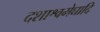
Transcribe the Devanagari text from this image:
दशाश्वमेघादि